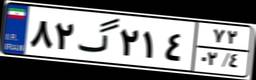
۸۲گ۲۱۴۷۲